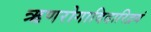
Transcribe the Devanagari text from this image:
ऋणरोगादिदारिद्रयं